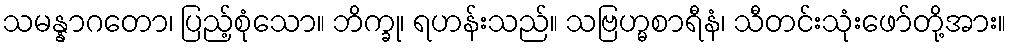
သမန္နာဂတော၊ ပြည့်စုံသော။ ဘိက္ခု၊ ရဟန်းသည်။ သဗြဟ္မစာရီနံ၊ သီတင်းသုံးဖော်တို့အား။